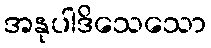
အနုပါဒိသေသော